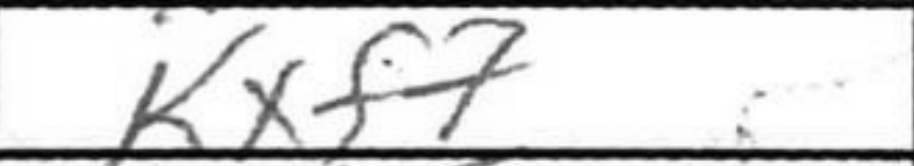
Transcription: Kxf7